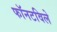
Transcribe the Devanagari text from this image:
फॉनटविले